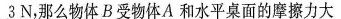
3 N$$，那么物体B受物体A.和水平桌面的摩擦力大